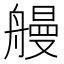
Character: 𫇞